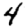
Digit: 4